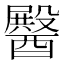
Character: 𮡆